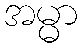
အမ္မာ